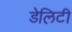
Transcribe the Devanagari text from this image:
डेलिटी